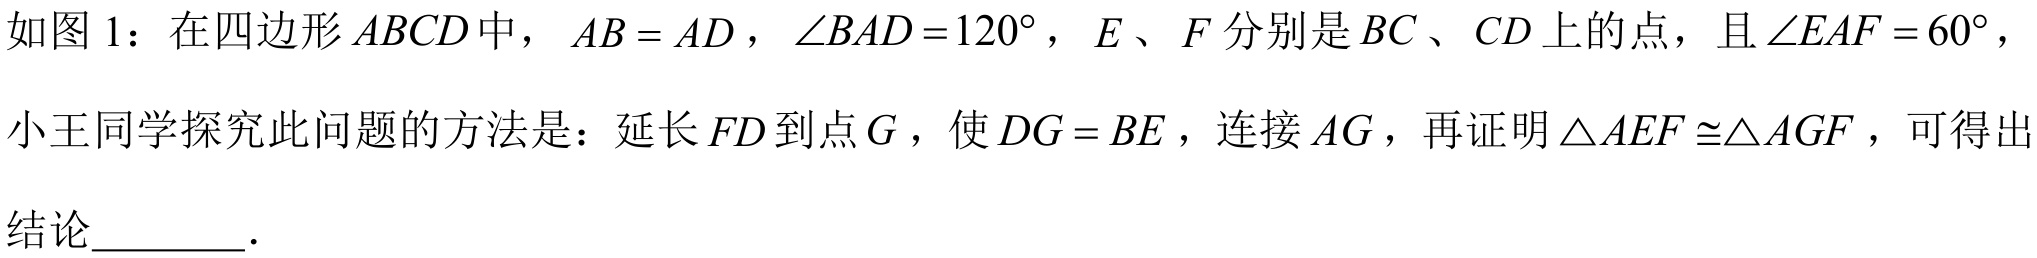
如图 1：在四边形$ABCD$中，$AB = AD$，$\angle BAD = 120^{\circ}$，$E$、$F$分别是$BC$、$CD$上的点，且$\angle EAF = 60^{\circ}$，
小王同学探究此问题的方法是：延长$FD$到点$G$，使$DG = BE$，连接$AG$，再证明$\triangle AEF\cong\triangle AGF$，可得出
结论  ．